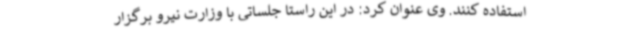
استفاده کنند. وی عنوان کرد: در این راستا جلساتی با وزارت نیرو برگزار